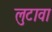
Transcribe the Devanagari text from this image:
लुटावा